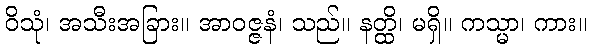
ဝိသုံ၊ အသီးအခြား။ အာဝဇ္ဇနံ၊ သည်။ နတ္ထိ၊ မရှိ။ ကသ္မာ၊ ကား။